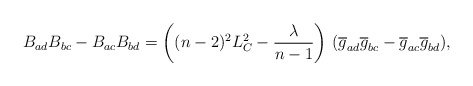
\begin{align*}B_{ad}B_{bc} - B_{ac}B_{bd} = \left( (n-2)^{2}L_{C}^{2} - \frac{\lambda }{n-1}\right)\, (\overline{g}_{ad}\overline{g}_{bc} - \overline{g}_{ac}\overline{g}_{bd}) ,\end{align*}